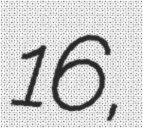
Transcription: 16,